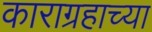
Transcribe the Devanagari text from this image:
काराग्रहाच्या